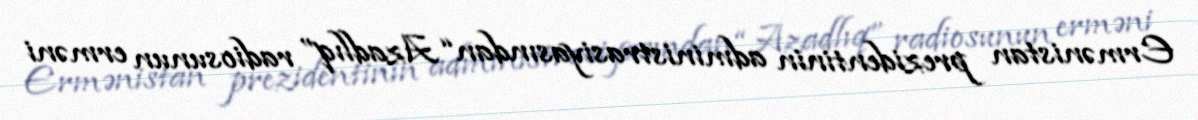
Ermənistan prezidentinin administrasiyasından “Azadlıq” radiosunun erməni